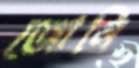
জোনি